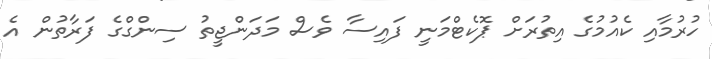
ހުރުމާއި ކެއުމުގެ އިތުރަށް ޕޮކެޓްމަނީ ފައިސާ ވެސް މަދަންޖީތު ސިންގްގެ ފަރާތުން އެ